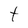
Character: t